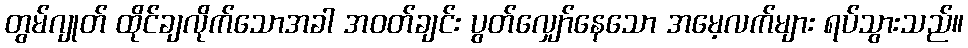
တွမ်ဂျုတ် ထိုင်ချလိုက်သောအခါ အဝတ်ချင်း ပွတ်လျှော်နေသော အမေ့လက်များ ရပ်သွားသည်။